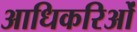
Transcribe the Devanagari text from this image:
आधिकरिओं